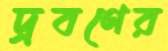
দ্রবণের